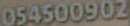
054500902